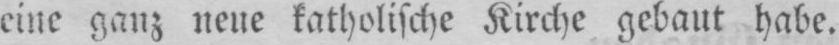
eine ganz neue katholische Kirche gebaut habe.